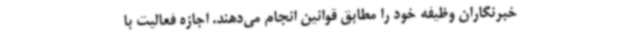
خبرنگاران وظیفه خود را مطابق قوانین انجام می‌دهند. اجازه فعالیت با